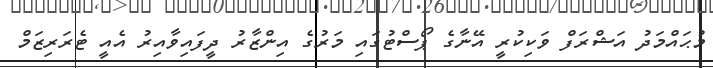
މުޙައްމަދު އަޝްރަފް ވަކިކުރީ އޭނާގެ ޕޯސްޓުގައި މަރުގެ އިންޒާރު ދީފައިވާއިރު އެއީ ޓެރަރިޒަމް